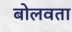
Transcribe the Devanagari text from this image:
बोलवता